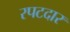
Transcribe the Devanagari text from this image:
रपटदार